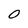
Character: 0